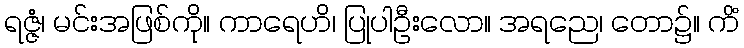
ရဇ္ဇံ၊ မင်းအဖြစ်ကို။ ကာရေဟိ၊ ပြုပါဦးလော။ အရညေ၊ တော၌။ ကိံ